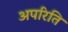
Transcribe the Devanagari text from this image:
अपरिति